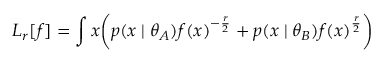
L _ { r } [ f ] = \int \d { x } \bigg ( p ( x \mid \theta _ { A } ) f ( x ) ^ { - \frac { r } { 2 } } + p ( x \mid \theta _ { B } ) f ( x ) ^ { \frac { r } { 2 } } \bigg )